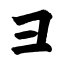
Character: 彐